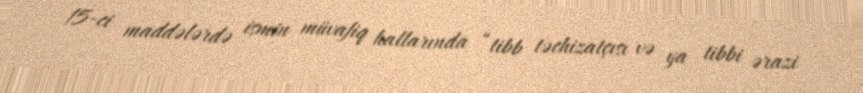
15-ci maddələrdə ismin müvafiq hallarında “tibb təchizatçısı və ya tibbi ərazi